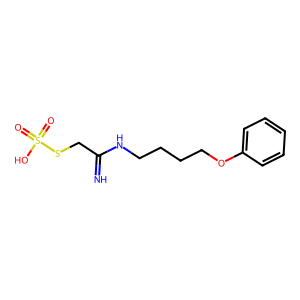
SMILES: N=C(CSS(=O)(=O)O)NCCCCOc1ccccc1
Inhibits HIV replication: No